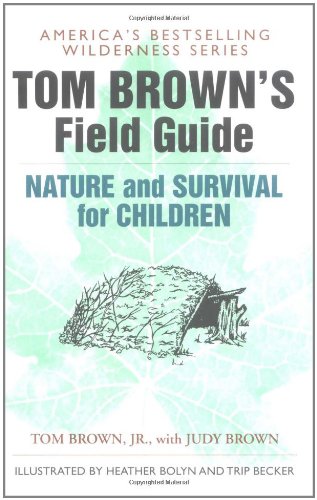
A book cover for Tom Brown's Field Guide to Nature and Survival for Children; Tom Brown; Sports & Outdoors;